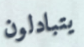
يتبادلون